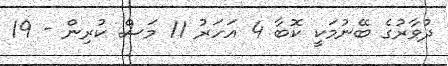
ދުވާރުގެ ބޭނުމަކީ ކޮބާ 4 އަހަރު 11 މަސް ކުރިން - 19